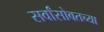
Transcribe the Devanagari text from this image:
सर्वांसोबतच्या